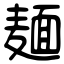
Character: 麺